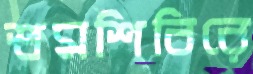
শ্রমশিবিরে